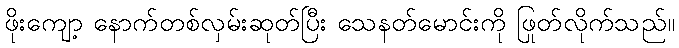
ဖိုးကျော့ နောက်တစ်လှမ်းဆုတ်ပြီး သေနတ်မောင်းကို ဖြုတ်လိုက်သည်။